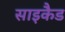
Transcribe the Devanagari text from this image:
साइकैड